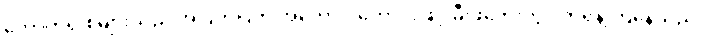
ကောက်ရိုးစများသည် အပြတ်ပြတ် အတောင်းတောင်းဖြင့် မီးဖိုဘေးတွင် တရနံ့ကြဲနေသည်။